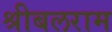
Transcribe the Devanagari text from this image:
श्रीबलराम